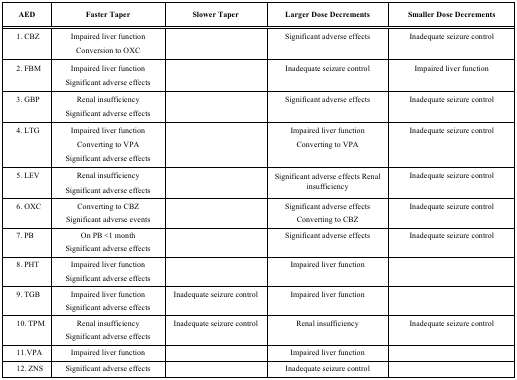
| AED | Faster Taper | Slower Taper | Larger Dose Decrements | Smaller Dose Decrements |
 | --- | --- | --- | --- | --- |
 | 1. CBZ | Impaired liver functionConversion to OXC |  | Significant adverse effects | Inadequate seizure control |
 | 2. FBM | Impaired liver functionSignificant adverse effects |  | Inadequate seizure control | Impaired liver function |
 | 3. GBP | Renal insufficiencySignificant adverse effects |  | Significant adverse effects | Inadequate seizure control |
 | 4. LTG | Impaired liver functionConverting to VPASignificant adverse effects |  | Impaired liver functionConverting to VPA | Inadequate seizure control |
 | 5. LEV | Renal insufficiencySignificant adverse effects |  | Significant adverse effects Renal insufficiency | Inadequate seizure control |
 | 6. OXC | Converting to CBZSignificant adverse events |  | Significant adverse effectsConverting to CBZ | Inadequate seizure control |
 | 7. PB | On PB <1 monthSignificant adverse effects |  | Significant adverse effects | Inadequate seizure control |
 | 8. PHT | Impaired liver functionSignificant adverse effects |  | Impaired liver function |  |
 | 9. TGB | Impaired liver functionSignificant adverse effects | Inadequate seizure control | Impaired liver function |  |
 | 10. TPM | Renal insufficiencySignificant adverse effects | Inadequate seizure control | Renal insufficiency | Inadequate seizure control |
 | 11.VPA | Impaired liver function |  | Impaired liver function |  |
 | 12. ZNS | Significant adverse effects |  | Inadequate seizure control |  |